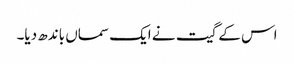
اس کے گیت نے ایک سماں باندھ دیا۔